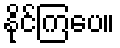
နိုင်ကြပေ။